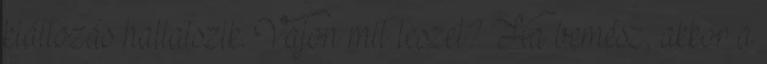
kiáltozás hallatszik. Vajon mit teszel? Ha bemész, akkor a